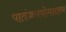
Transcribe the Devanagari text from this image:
पातंजलयोगशास्त्र